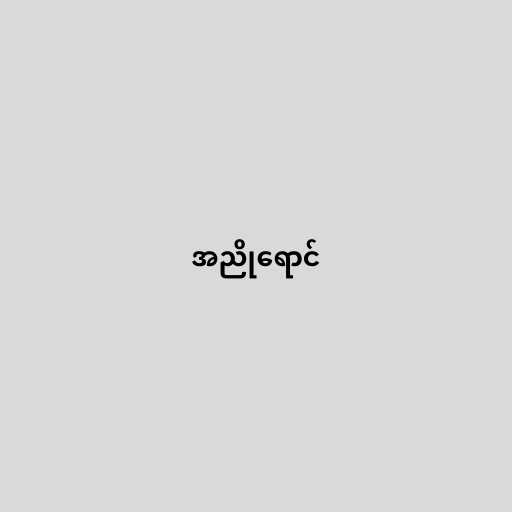
အညိုရောင်